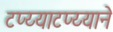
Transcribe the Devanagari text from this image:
टप्य्याटप्य्याने